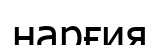
нарғия